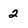
Character: 2